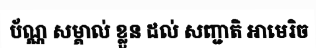
ប័ណ្ណ សម្គាល់ ខ្លួន ដល់ សញ្ជាតិ អាមេរិច